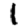
Digit: 1